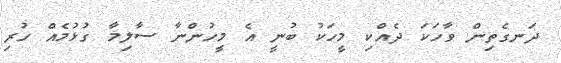
ދަނގެތިން ވާހަކަ ދެއްކި މީހަކު ބުނީ އެ މީހުންނާ ސާލިމާ ގުޅުމެއް ހުރި